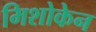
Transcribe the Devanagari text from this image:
मिशोकेन